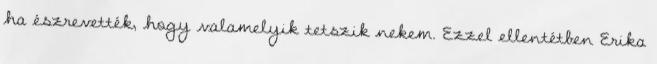
ha észrevették, hogy valamelyik tetszik nekem. Ezzel ellentétben Erika